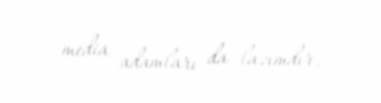
media adamları da lazımdır.